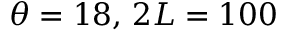
\theta = 1 8 , \, 2 L = 1 0 0